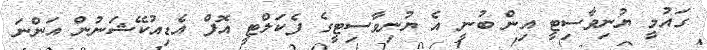
ގައުމީ ޔުނިވާސިޓީ އިން ބުނީ އެ ޔުނިވާސިޓީގެ ފެކަލްޓީ އޮފް އެޑިއުކޭޝަނުން އަންނަ